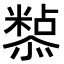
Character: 𭟀